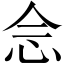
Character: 𫝹